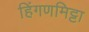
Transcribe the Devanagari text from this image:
हिंगणमिट्टा